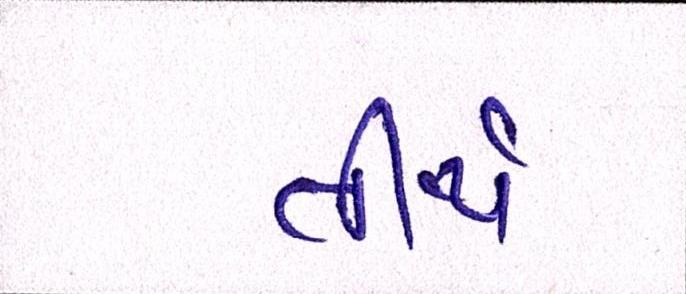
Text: તીર્થ